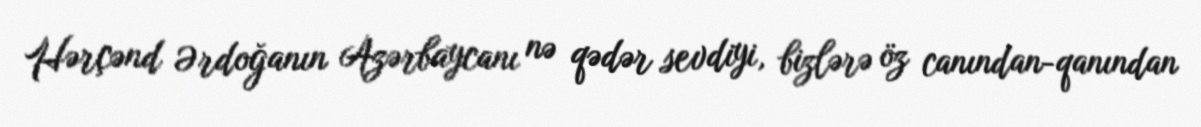
Hərçənd Ərdoğanın Azərbaycanı nə qədər sevdiyi, bizlərə öz canından-qanından